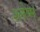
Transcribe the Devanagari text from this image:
श्‍लेष्म